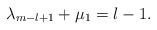
LaTeX: \begin{align*} \lambda _{m-l+1} + \mu _{1} = l-1.\end{align*}